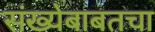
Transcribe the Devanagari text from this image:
संख्येबाबतचा